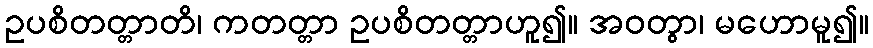
ဥပစိတတ္တာတိ၊ ကတတ္တာ ဥပစိတတ္တာဟူ၍။ အဝတွာ၊ မဟောမူ၍။